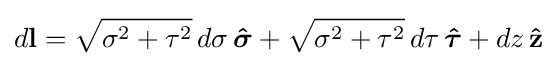
d\mathbf {l} ={\sqrt {\sigma ^{2}+\tau ^{2}}}\,d\sigma \,{\boldsymbol {\hat {\sigma }}}+{\sqrt {\sigma ^{2}+\tau ^{2}}}\,d\tau \,{\boldsymbol {\hat {\tau }}}+dz\,\mathbf {\hat {z}}